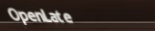
OpenLate